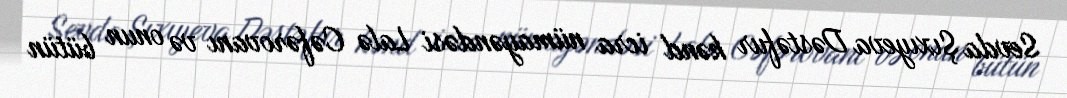
Sevda Şıxıyeva Dəstəfur kənd icra nümayəndəsi Lalə Cəfərovanı və onun bütün